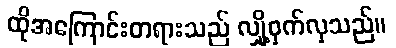
ထိုအကြောင်းတရားသည် လျှို့ဝှက်လှသည်။